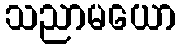
သညာမယော